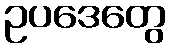
ဥပဒေတွေ